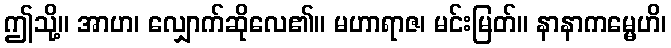
ဤသို့။ အာဟ၊ လျှောက်ဆိုလေ၏။ မဟာရာဇ၊ မင်းမြတ်။ နာနာကမ္မေဟိ၊